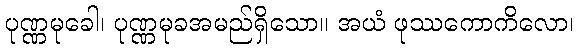
ပုဏ္ဏမုခေါ၊ ပုဏ္ဏမုခအမည်ရှိသော။ အယံ ဖုဿကောကိလော၊